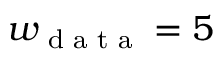
w _ { \textrm { d a t a } } = 5